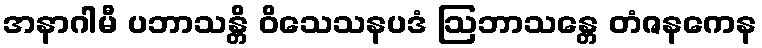
အနာဂါမီ ပဘာသန္တိ ဝိသေသနပဒံ ဩဘာသန္တေ တံဇနကေန